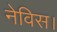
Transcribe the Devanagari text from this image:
नेविस।